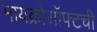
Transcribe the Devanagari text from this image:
मायक्रोसॉफ्टची